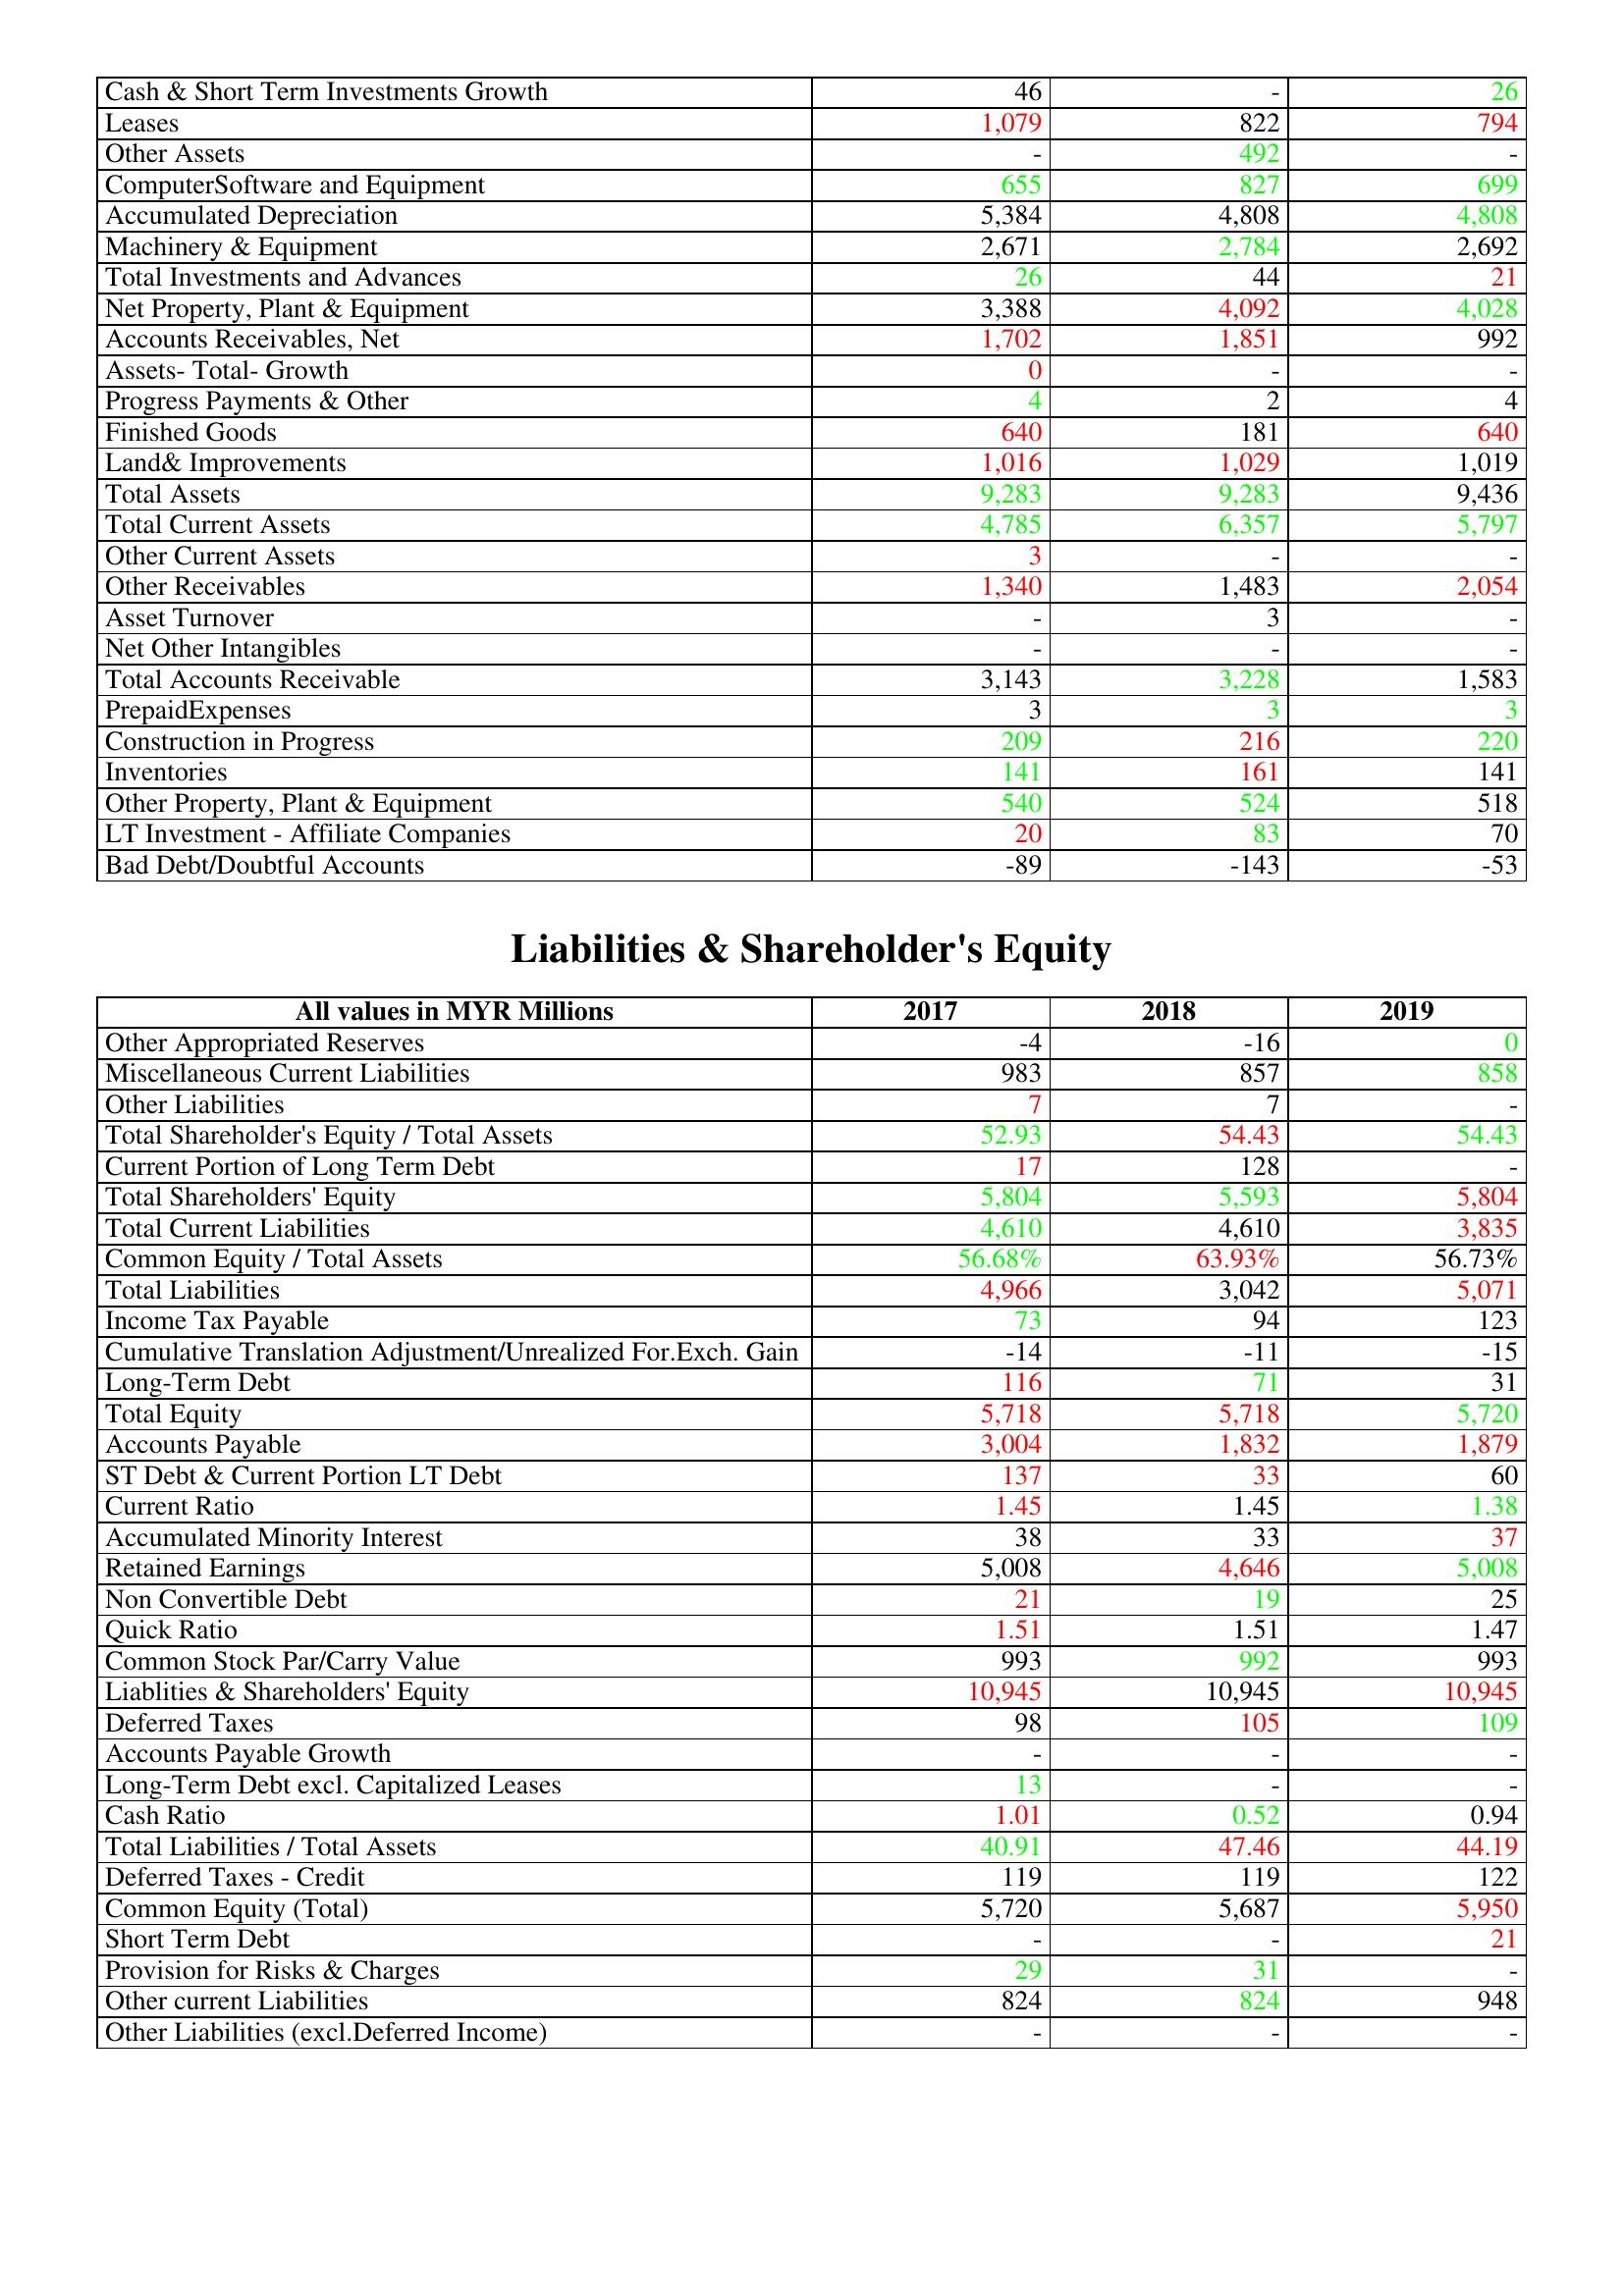
gt_parse: 2017: Assets: Cash & Short Term Investments Growth: 46
Leases: 1,079
Other Assets: -
ComputerSoftware and Equipment: 655
Accumulated Depreciation: 5,384
Machinery & Equipment: 2,671
Total Investments and Advances: 26
Net Property, Plant & Equipment: 3,388
Accounts Receivables, Net: 1,702
Assets- Total- Growth: 0
Progress Payments & Other: 4
Finished Goods: 640
Land& Improvements: 1,016
Total Assets: 9,283
Total Current Assets: 4,785
Other Current Assets: 3
Other Receivables: 1,340
Asset Turnover: -
Net Other Intangibles: -
Total Accounts Receivable: 3,143
PrepaidExpenses: 3
Construction in Progress: 209
Inventories: 141
Other Property, Plant & Equipment: 540
LT Investment - Affiliate Companies: 20
Bad Debt/Doubtful Accounts: -89
Liabilities & Shareholder's Equity: Other Appropriated Reserves: -4
Miscellaneous Current Liabilities: 983
Other Liabilities: 7
Total Shareholder's Equity / Total Assets: 52.93
Current Portion of Long Term Debt: 17
Total Shareholders' Equity: 5,804
Total Current Liabilities: 4,610
Common Equity / Total Assets: 56.68%
Total Liabilities: 4,966
Income Tax Payable: 73
Cumulative Translation Adjustment/Unrealized For.Exch. Gain: -14
Long-Term Debt: 116
Total Equity: 5,718
Accounts Payable: 3,004
ST Debt & Current Portion LT Debt: 137
Current Ratio: 1.45
Accumulated Minority Interest: 38
Retained Earnings: 5,008
Non Convertible Debt: 21
Quick Ratio: 1.51
Common Stock Par/Carry Value: 993
Liablities & Shareholders' Equity: 10,945
Deferred Taxes: 98
Accounts Payable Growth: -
Long-Term Debt excl. Capitalized Leases: 13
Cash Ratio: 1.01
Total Liabilities / Total Assets: 40.91
Deferred Taxes - Credit: 119
Common Equity (Total): 5,720
Short Term Debt: -
Provision for Risks & Charges: 29
Other current Liabilities: 824
Other Liabilities (excl.Deferred Income): -
2018: Assets: Cash & Short Term Investments Growth: -
Leases: 822
Other Assets: 492
ComputerSoftware and Equipment: 827
Accumulated Depreciation: 4,808
Machinery & Equipment: 2,784
Total Investments and Advances: 44
Net Property, Plant & Equipment: 4,092
Accounts Receivables, Net: 1,851
Assets- Total- Growth: -
Progress Payments & Other: 2
Finished Goods: 181
Land& Improvements: 1,029
Total Assets: 9,283
Total Current Assets: 6,357
Other Current Assets: -
Other Receivables: 1,483
Asset Turnover: 3
Net Other Intangibles: -
Total Accounts Receivable: 3,228
PrepaidExpenses: 3
Construction in Progress: 216
Inventories: 161
Other Property, Plant & Equipment: 524
LT Investment - Affiliate Companies: 83
Bad Debt/Doubtful Accounts: -143
Liabilities & Shareholder's Equity: Other Appropriated Reserves: -16
Miscellaneous Current Liabilities: 857
Other Liabilities: 7
Total Shareholder's Equity / Total Assets: 54.43
Current Portion of Long Term Debt: 128
Total Shareholders' Equity: 5,593
Total Current Liabilities: 4,610
Common Equity / Total Assets: 63.93%
Total Liabilities: 3,042
Income Tax Payable: 94
Cumulative Translation Adjustment/Unrealized For.Exch. Gain: -11
Long-Term Debt: 71
Total Equity: 5,718
Accounts Payable: 1,832
ST Debt & Current Portion LT Debt: 33
Current Ratio: 1.45
Accumulated Minority Interest: 33
Retained Earnings: 4,646
Non Convertible Debt: 19
Quick Ratio: 1.51
Common Stock Par/Carry Value: 992
Liablities & Shareholders' Equity: 10,945
Deferred Taxes: 105
Accounts Payable Growth: -
Long-Term Debt excl. Capitalized Leases: -
Cash Ratio: 0.52
Total Liabilities / Total Assets: 47.46
Deferred Taxes - Credit: 119
Common Equity (Total): 5,687
Short Term Debt: -
Provision for Risks & Charges: 31
Other current Liabilities: 824
Other Liabilities (excl.Deferred Income): -
2019: Assets: Cash & Short Term Investments Growth: 26
Leases: 794
Other Assets: -
ComputerSoftware and Equipment: 699
Accumulated Depreciation: 4,808
Machinery & Equipment: 2,692
Total Investments and Advances: 21
Net Property, Plant & Equipment: 4,028
Accounts Receivables, Net: 992
Assets- Total- Growth: -
Progress Payments & Other: 4
Finished Goods: 640
Land& Improvements: 1,019
Total Assets: 9,436
Total Current Assets: 5,797
Other Current Assets: -
Other Receivables: 2,054
Asset Turnover: -
Net Other Intangibles: -
Total Accounts Receivable: 1,583
PrepaidExpenses: 3
Construction in Progress: 220
Inventories: 141
Other Property, Plant & Equipment: 518
LT Investment - Affiliate Companies: 70
Bad Debt/Doubtful Accounts: -53
Liabilities & Shareholder's Equity: Other Appropriated Reserves: 0
Miscellaneous Current Liabilities: 858
Other Liabilities: -
Total Shareholder's Equity / Total Assets: 54.43
Current Portion of Long Term Debt: -
Total Shareholders' Equity: 5,804
Total Current Liabilities: 3,835
Common Equity / Total Assets: 56.73%
Total Liabilities: 5,071
Income Tax Payable: 123
Cumulative Translation Adjustment/Unrealized For.Exch. Gain: -15
Long-Term Debt: 31
Total Equity: 5,720
Accounts Payable: 1,879
ST Debt & Current Portion LT Debt: 60
Current Ratio: 1.38
Accumulated Minority Interest: 37
Retained Earnings: 5,008
Non Convertible Debt: 25
Quick Ratio: 1.47
Common Stock Par/Carry Value: 993
Liablities & Shareholders' Equity: 10,945
Deferred Taxes: 109
Accounts Payable Growth: -
Long-Term Debt excl. Capitalized Leases: -
Cash Ratio: 0.94
Total Liabilities / Total Assets: 44.19
Deferred Taxes - Credit: 122
Common Equity (Total): 5,950
Short Term Debt: 21
Provision for Risks & Charges: -
Other current Liabilities: 948
Other Liabilities (excl.Deferred Income): -